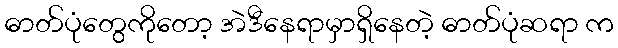
ဓာတ်ပုံတွေကိုတော့ အဲဒီနေရာမှာရှိနေတဲ့ ဓာတ်ပုံဆရာ က